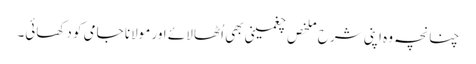
چنانچہ وہ اپنی شرح ملخص چغمینی بھی اُٹھا لائے اور مولانا جامی کو دکھائی۔